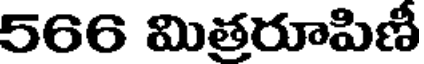
566 మిత్రరూపిణీ